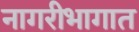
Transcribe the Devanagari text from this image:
नागरीभागात